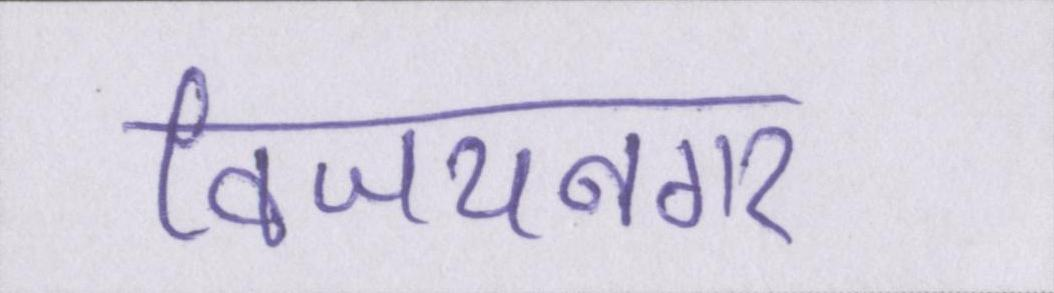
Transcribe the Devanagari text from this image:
विजयनगर